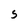
Character: S